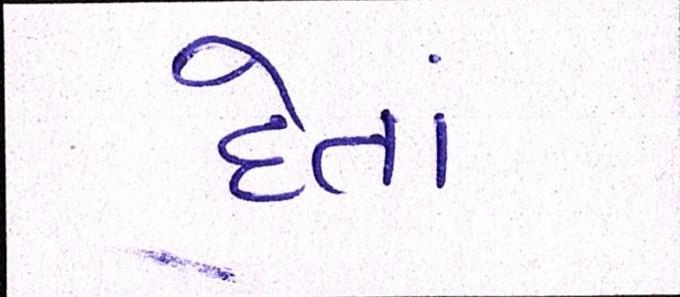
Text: દેતાં